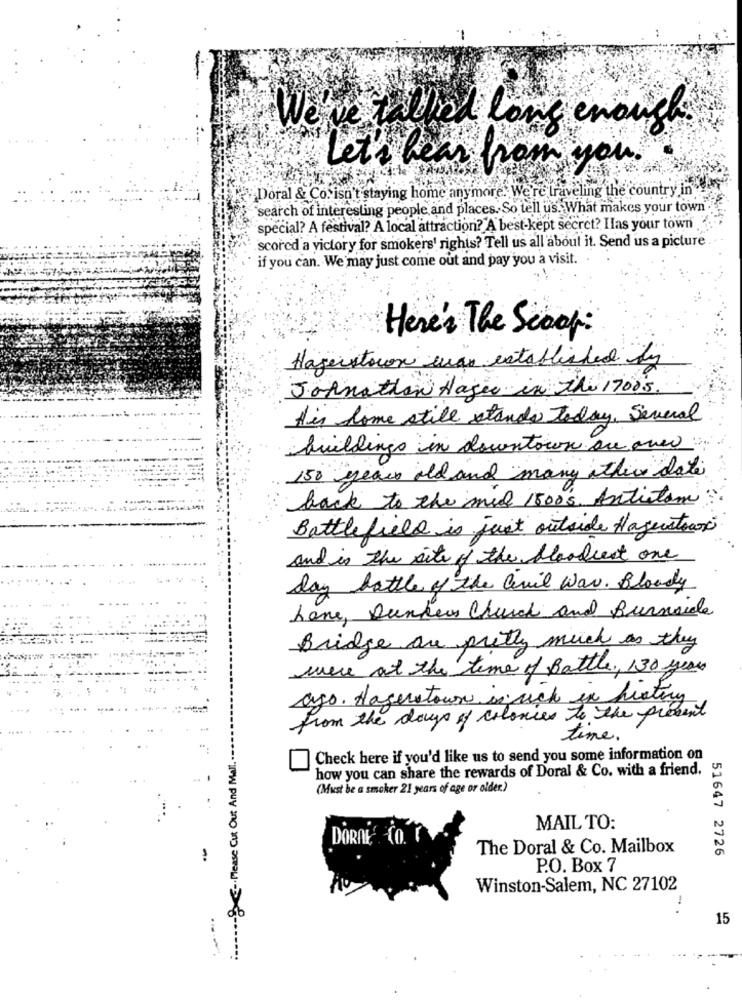
We've rallied long evous
Let's hear from you.
Doral & Co. isn't staying home anymore. We're traveling the country in"
search of interesting people and places. So tell us. What makes your town.
special? A festival? A local attraction? A best-kept secret? Has your town
scored a victory for smokers' rights? Tell us all about it. Send us a picture
if you can. We may just come out and pay you a visit.
Here's The Scoop:
Hagerstown was established by
Johnathan Hager in the 17005 .
Ais Some still stands today, Several
buildings in downtown oce ane
150 years old and many athice dati
back to the mid 1500's, Antistom
Battlefield is just outside Hagerstown
and is the site of the bloodred one
Day battle of the Civil War. Bloody
home, Dunkers Church and Burnside
Bridge are pretty much as they
were at the time of Battle. 130 years
ago. Hagerstown in rich in heating
from the days of colonies to the present
:- Please Cut Out And Mal. --
time.
Check here if you'd like us to send you some information on
how you can share the rewards of Doral & Co. with a friend.
(Must be a smoker 21 years of age or older.)
MAIL TO:
DORAL
The Doral & Co. Mailbox
51647 2726
P.O. Box 7
Winston-Salem, NC 27102
-
15